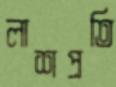
লাশপ্রতি